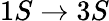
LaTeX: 1S\rightarrow 3S